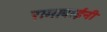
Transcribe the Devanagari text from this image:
रामाबाईंनी